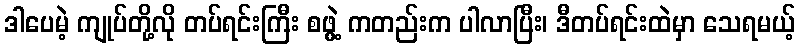
ဒါပေမဲ့ ကျုပ်တို့လို တပ်ရင်းကြီး စဖွဲ့ ကတည်းက ပါလာပြီး၊ ဒီတပ်ရင်းထဲမှာ သေရမယ့်